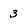
Character: 3